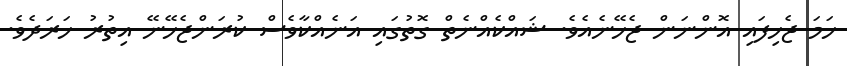
ހަމަ ޖެހިފައި އޮންނަން ޖެހޭނެއެވެ. ޝައްކެއްނެތް ގޮތުގައި އަނެއްކާވެސް ކުރަންޖެހޭނޭ އިތުރު ޚަރަދެވެ.